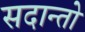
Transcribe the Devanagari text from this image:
सदान्तो